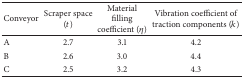
| Conveyor | Scraper space (t) | Material filling coefficient (η) | Vibration coefficient oftraction components (k) |
 | --- | --- | --- | --- |
 | A | 2.7 | 3.1 | 4.2 |
 | B | 2.6 | 3.0 | 4.4 |
 | C | 2.5 | 3.2 | 4.3 |